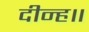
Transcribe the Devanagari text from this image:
दीन्ह॥